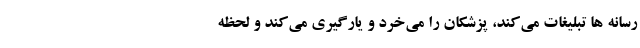
رسانه ها تبلیغات می‌کند، پزشکان را می‌خرد و یارگیری می‌کند و لحظه